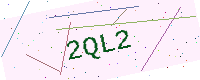
Text: 2QL2